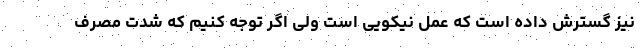
نیز گسترش داده است که عمل نیکویی است ولی اگر توجه کنیم که شدت مصرف